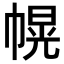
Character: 幌